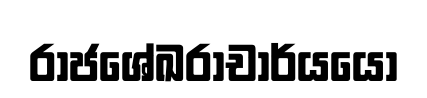
රාජශේඛරාචාර්යයෝ